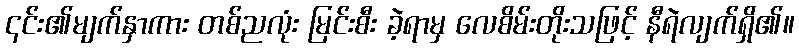
၎င်း၏မျက်နှာကား တစ်ညလုံး မြင်းစီး ခဲ့ရာမှ လေစိမ်းတိုးသဖြင့် နီရဲလျက်ရှိ၏။